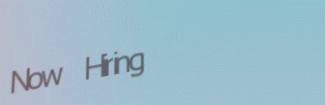
Now Hiring